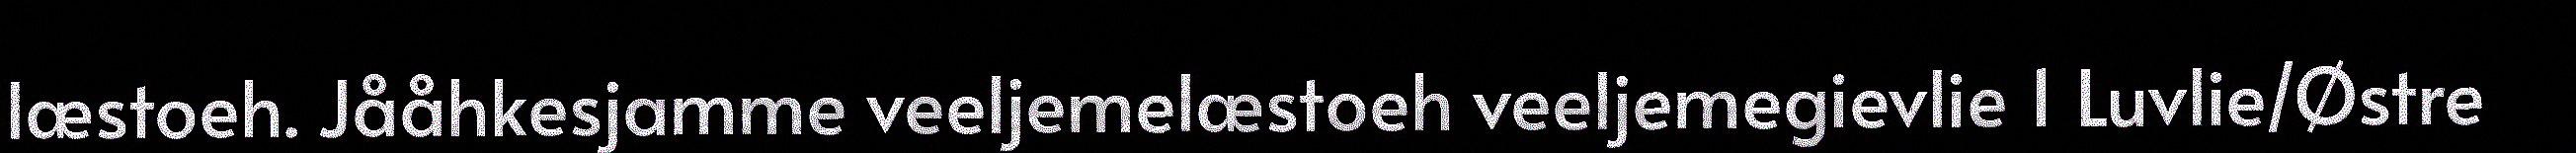
læstoeh. Jååhkesjamme veeljemelæstoeh veeljemegievlie 1 Luvlie/Østre